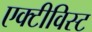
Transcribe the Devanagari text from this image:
एक्टीविस्ट